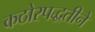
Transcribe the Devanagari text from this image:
कठोरपद्धतीने